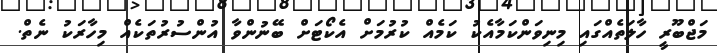
މަޖްބޫރީ ހާލަތެއްގައި މިނިވަންކަމާއެކު ކަމެއް ކުރުމަށް އެކޯޓަށް ބޭނުންވާ އުންސުރުތަކެއް މިހާރަކު ނެތް.